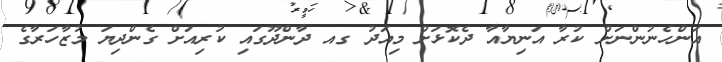
އަންހެނުންނަށް ކުރާ އަނިޔާއާ ދެކޮޅަށް މިއަދު ގއ ދާންދޫގައި ކުރިއަށް ގެންދިޔަ މުޒާހަރާގެ